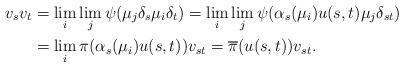
LaTeX: \begin{align*}v_{s}v_{t}&=\lim_{i}\lim_{j} \psi(\mu_j\delta_{s} \mu_i\delta_{t})=\lim_{i}\lim_{j}\psi(\alpha_{s}(\mu_i)u(s,t)\mu_j\delta_{st})\\&=\lim_{i}\pi(\alpha_{s}(\mu_i)u(s,t))v_{st}=\overline{\pi}(u(s,t))v_{st}.\end{align*}